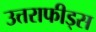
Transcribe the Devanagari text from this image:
उत्तराफीड्स